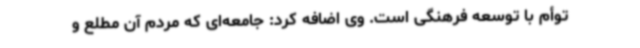
توأم با توسعه فرهنگی است. وی اضافه کرد: جامعه‌ای که مردم آن مطلع و